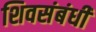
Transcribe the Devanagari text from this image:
शिवसंबंधी